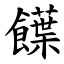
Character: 䭟